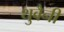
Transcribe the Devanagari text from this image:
थुवैनी